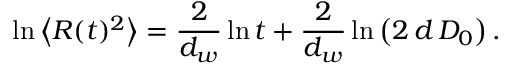
\ln \left\langle R ( t ) ^ { 2 } \right\rangle = \frac { 2 } { d _ { w } } \ln t + \frac { 2 } { d _ { w } } \ln \left( 2 \, d \, D _ { 0 } \right) .